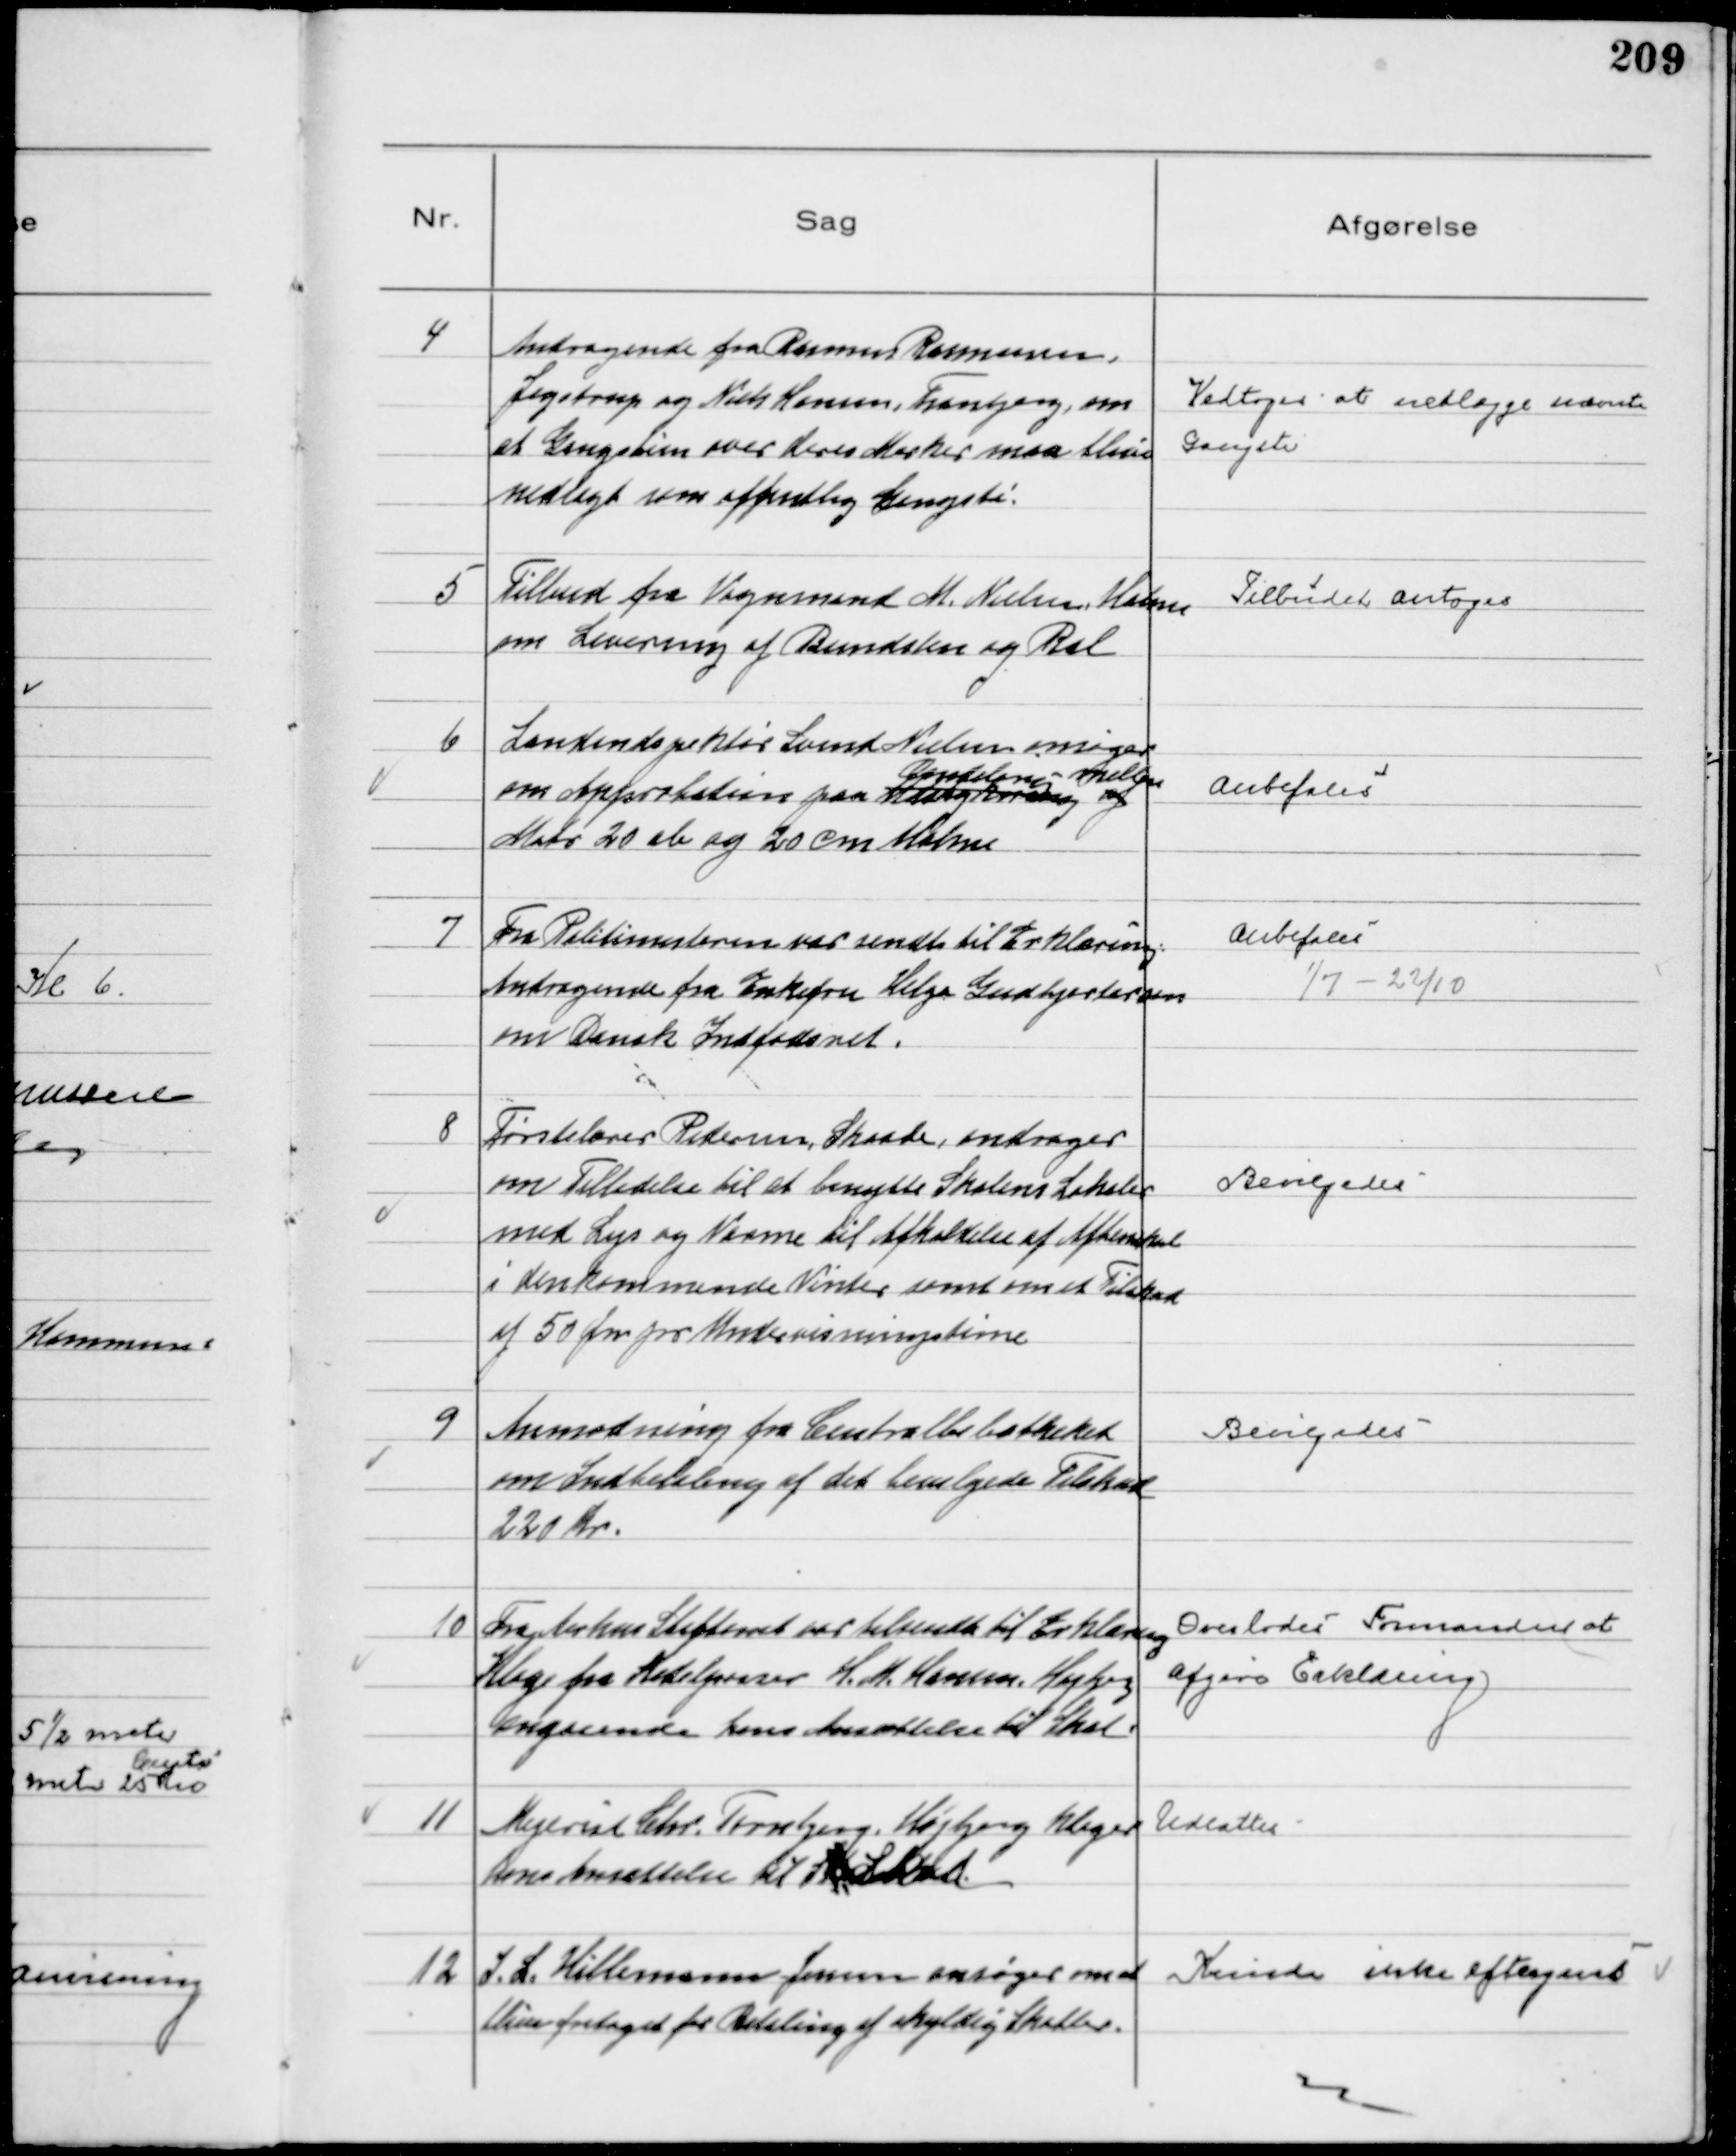
Transskription:
4
Andragende fra Rasmus Rasmussen,
Jegstrup og Niels Hansen, Tranbjerg, om
at Gangstien over deres Marker maa blive
nedlagt som offentlig Gangsti.

Vedtoges at nedlægge nævnte
Gangsti

5
Tilbud fra Vognmand M. Nielsen, Holme
om levering af Bundsten og Ral

Tilbudet antoges

6
Landindspektør Svend Nielsen ansøger
om Approbation paa Udstykning og
Fordelesvej mellem
Matr 20 cb og 20 cm Holme

Anbefales

7
Fra Politimesteren var sendt til Erklæring:
Andragende fra Enkefru Helga Gudhjertersen
om Dansk Indfødsret.

Anbefales
1/7 - 22/10

8
Førstelærer Pedersen, Skaade, andrager
om Tilladelse til at benytte Skolens Lokaler
med Lys og Varme til Afholdelse af Aftenskole
i den kommende Vinter samt om et Tilskud
af 50 Øre pr Undervisningstime

Bevilgedes

9
Anmodning fra Centralbilotheket
om Indbetaling af det bevilgede Tilskud
220 Kr.

Bevilgedes

10
Fra Aarhus Stiftamt var tilsendt til Erklæring
Klage fra Kedelpasser H. M. Hansen, Højbjerg
angaaende hans Ansættelse til Skat.

Overlodes Formanden at
afgive Erklæring

11
Mejerist Chr. Tornbjerg, Højbjerg klager
hans Ansættelse til Skat

Udsattes

12
S. L. Hillemann Jensen ansøger om at
blive fritaget for Betaling af skyldig Skatter.

Kunde ikke eftergives